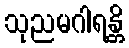
သုညမဂါရန္တိ